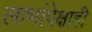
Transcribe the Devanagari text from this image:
लाभांपेक्षाही